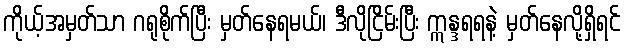
ကိုယ့်အမှတ်သာ ဂရုစိုက်ပြီး မှတ်နေရမယ်၊ ဒီလိုငြိမ်းပြီး ဣန္ဒရရနဲ့ မှတ်နေလို့ရှိရင်